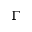
\Gamma